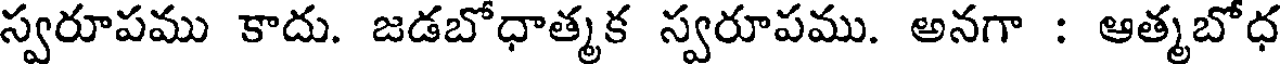
స్వరూపము కాదు. జడబోధాత్మక స్వరూపము. అనగా : ఆత్మబోధ